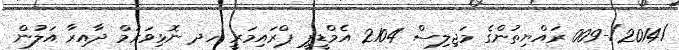
/2014/-009 ރައްޔިތުންގެ މަޖިލިސް 2104 އެމްޑީޕީ ޕްރައިމަރީ ހދ ނޮޅިވަރަމް ދާއިރާ އަލުން